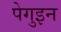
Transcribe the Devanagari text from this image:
पेगुइन